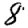
Digit: 8